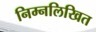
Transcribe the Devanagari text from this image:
निम्नलिखित